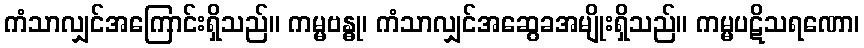
ကံသာလျှင်အကြောင်းရှိသည်။ ကမ္မဗန္ဓု၊ ကံသာလျှင်အဆွေခအမျိုးရှိသည်။ ကမ္မပဋိသရဏော၊